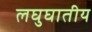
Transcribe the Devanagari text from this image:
लघुघातीय